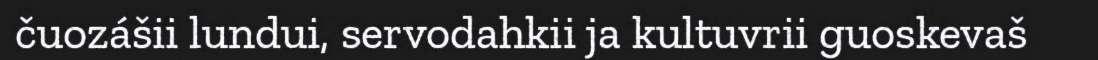
čuozášii lundui, servodahkii ja kultuvrii guoskevaš